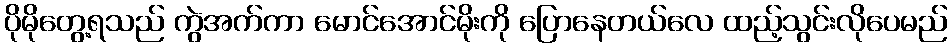
ပိုမိုတွေ့ရသည် ကွဲအက်ကာ မောင်အောင်မိုးကို ပြောနေတယ်လေ ထည့်သွင်းလိုပေမည်